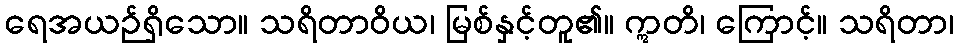
ရေအယဉ်ရှိသော။ သရိတာဝိယ၊ မြစ်နှင့်တူ၏။ ဣတိ၊ ကြောင့်။ သရိတာ၊